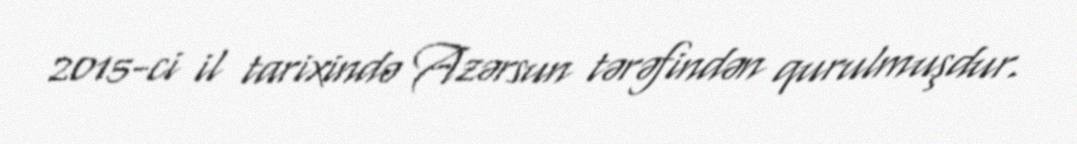
2015-ci il tarixində Azərsun tərəfindən qurulmuşdur.